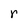
Character: r